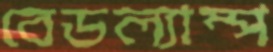
বেডল্যাম্প